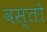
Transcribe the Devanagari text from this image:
वस्तो